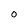
Character: O